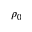
\rho _ { 0 }